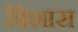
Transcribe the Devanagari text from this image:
बिशारा